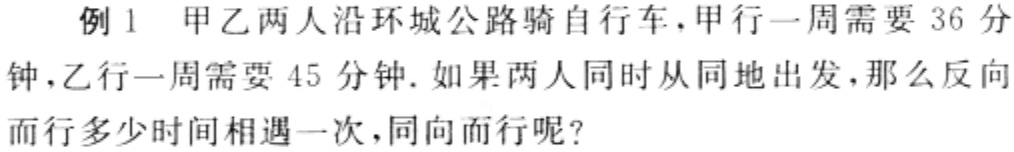
例 1 甲乙两人沿环城公路骑自行车，甲行一周需要 36 分钟，乙行一周需要 45 分钟. 如果两人同时从同地出发，那么反向而行多少时间相遇一次，同向而行呢？